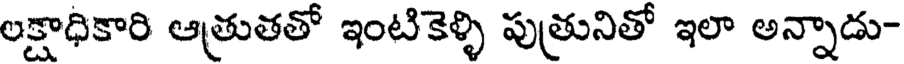
లక్షాధికారి ఆత్రుతతో ఇంటికెళ్ళి పుత్రునితో ఇలా అన్నాడు-